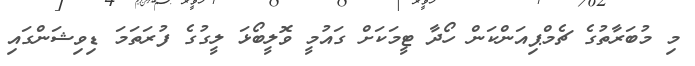
މި މުބަރާތުގެ ޗެމްޕިއަންކަން ހޯދާ ޓީމަކަށް ގައުމީ ވޮލީބޯޅަ ލީގުގެ ފުރަތަމަ ޑިވިޝަންގައި